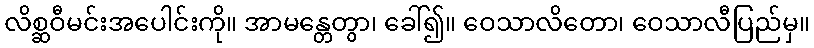
လိစ္ဆဝီမင်းအပေါင်းကို။ အာမန္တေတွာ၊ ခေါ်၍။ ဝေသာလိတော၊ ဝေသာလီပြည်မှ။